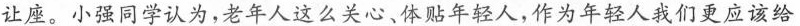
让座。小强同学认为，老年人这么关心、体贴年轻人，作为年轻人我们更应该给